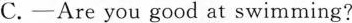
C.-Are you good at swimming?